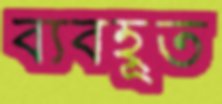
ব্যবহূত